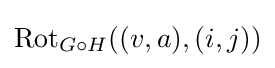
\mathrm {Rot} _{G\circ H}((v,a),(i,j))